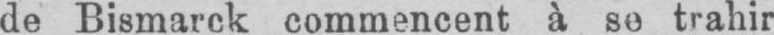
de Bismarck commencent à se trahir